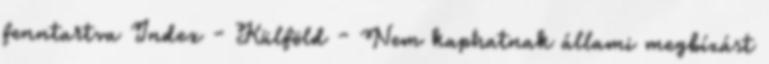
fenntartva Index - Külföld - Nem kaphatnak állami megbízást